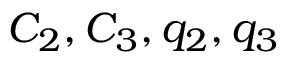
C _ { 2 } , C _ { 3 } , q _ { 2 } , q _ { 3 }